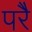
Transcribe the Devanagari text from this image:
परेै